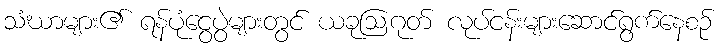
သံဃာများ၏ ရန်ပုံငွေပွဲများတွင် ယခုဩဂုတ် လုပ်ငန်းများဆောင်ရွက်နေစဉ်